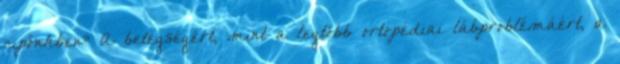
cipőnkben? A betegségért, mint a legtöbb ortopédiai lábproblémáért, a